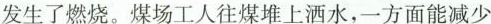
发生了燃烧。煤场工人往煤堆上洒水，一方面能减少